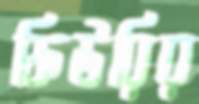
ফিউরির